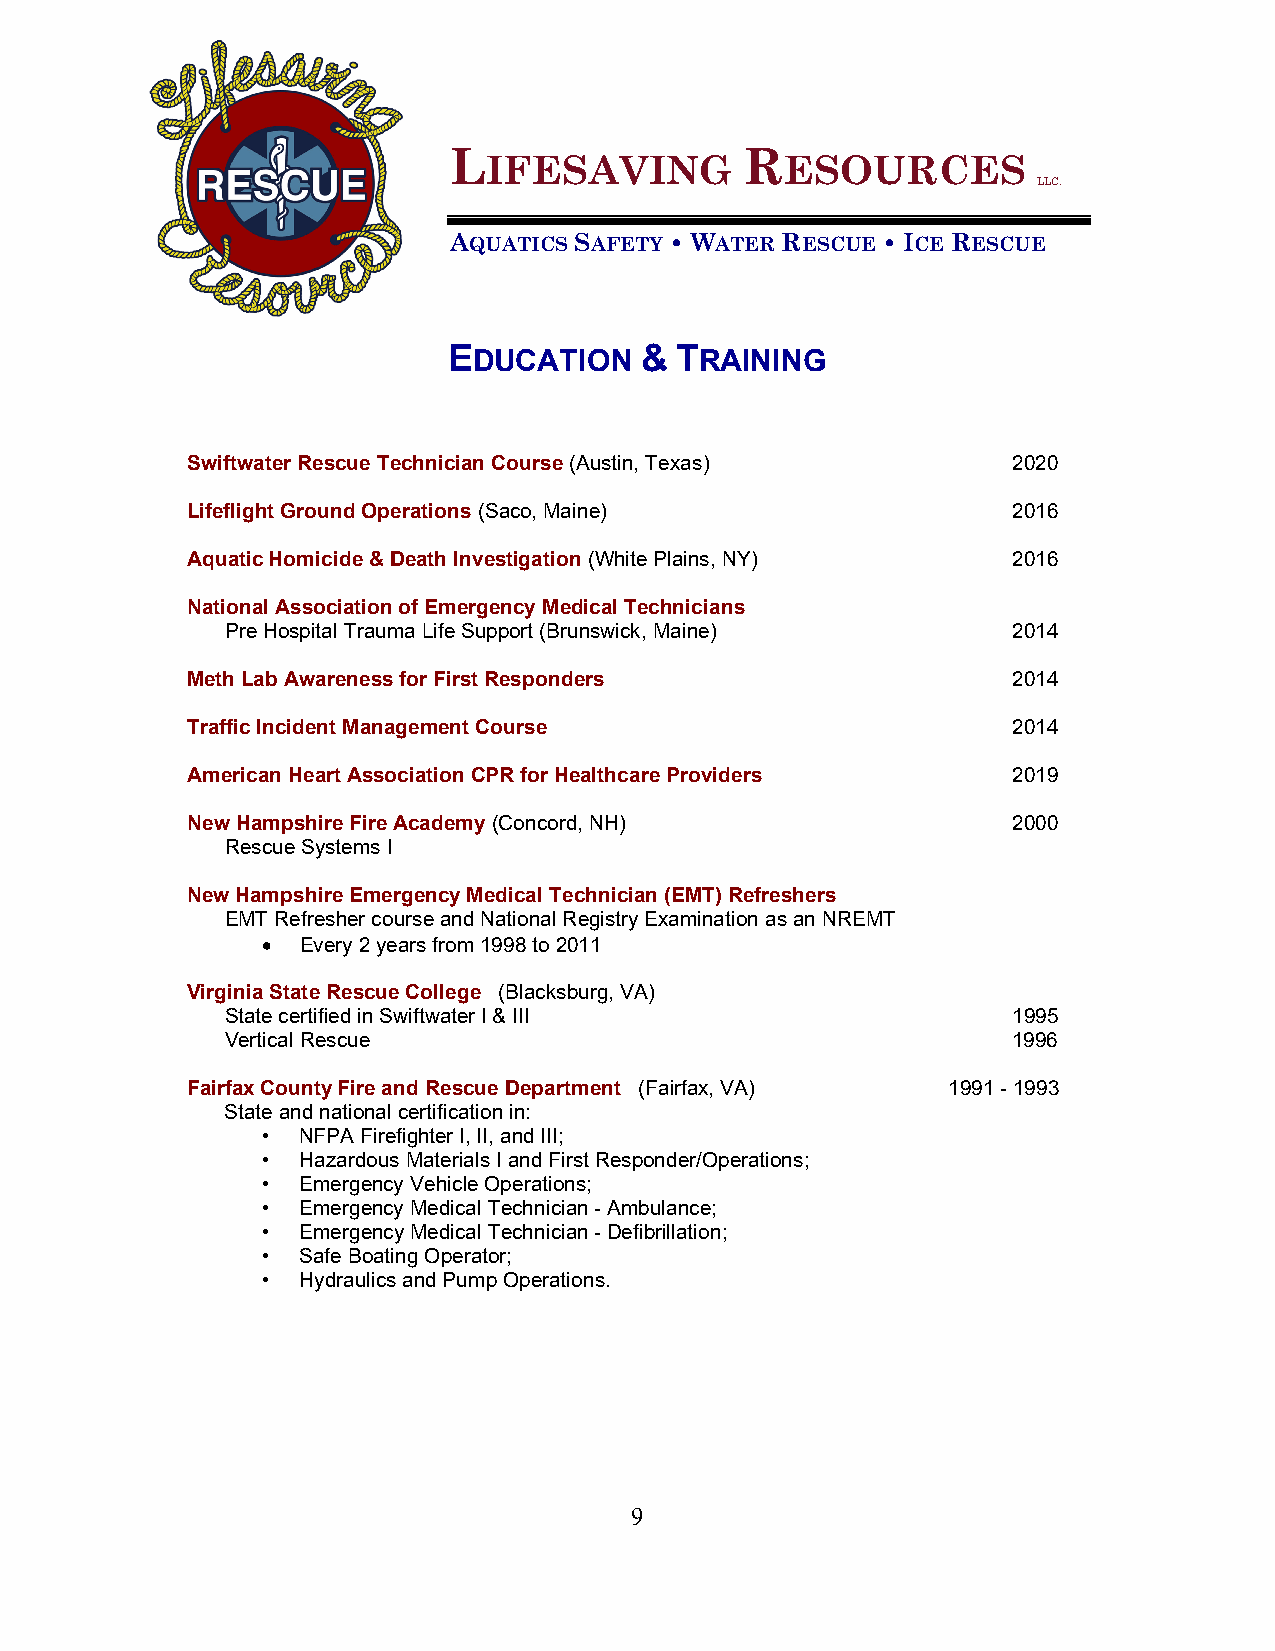
L                  R
 IFESAVING           ESOURCES
 LLC.
 AQUATICS SAFETY • WATER RESCUE • ICE RESCUE
 EDUCATION   &  TRAINING
 Swiftwater Rescue Technician Course (Austin, Texas)    2020
 Lifeflight Ground Operations (Saco, Maine)             2016
 Aquatic Homicide & Death Investigation (White Plains, NY) 2016
 National Association of Emergency Medical Technicians
 Pre Hospital Trauma Life Support (Brunswick, Maine) 2014
 Meth Lab Awareness for First Responders                2014
 Traffic Incident Management Course                     2014
 American Heart Association CPR for Healthcare Providers 2019
 New Hampshire Fire Academy (Concord, NH)               2000
 Rescue Systems I
 New Hampshire Emergency Medical Technician (EMT) Refreshers
 EMT Refresher course and National Registry Examination as an NREMT
 •  Every 2 years from 1998 to 2011
 Virginia State Rescue College (Blacksburg, VA)
 State certified in Swiftwater I & III               1995
 Vertical Rescue                                     1996
 Fairfax County Fire and Rescue Department (Fairfax, VA) 1991 - 1993
 State and national certification in:
 •  NFPA Firefighter I, II, and III;
 •  Hazardous Materials I and First Responder/Operations;
 •  Emergency Vehicle Operations;
 •  Emergency Medical Technician - Ambulance;
 •  Emergency Medical Technician - Defibrillation;
 •  Safe Boating Operator;
 •  Hydraulics and Pump Operations.
 9